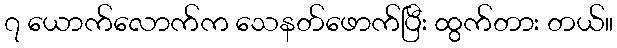
၇ ယောက်လောက်က သေနတ်ဖောက်ပြီး ထွက်တား တယ်။